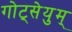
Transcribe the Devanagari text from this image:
गोट्सेयुम्